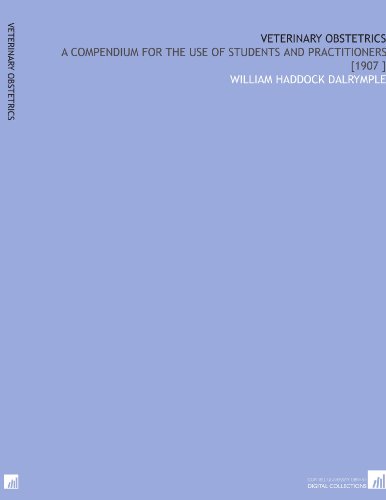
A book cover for Veterinary Obstetrics: A Compendium for the Use of Students and Practitioners [1907 ]; William Haddock Dalrymple; Medical Books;